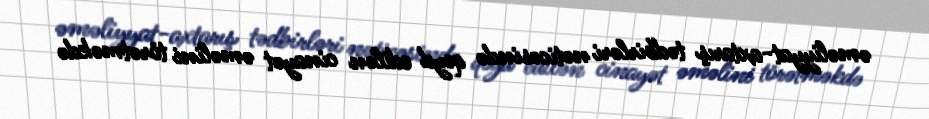
əməliyyat-axtarış tədbirləri nəticəsində qeyd edilən cinayət əməlini törətməkdə